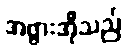
အဖွားအိုသည်